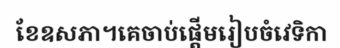
ខែឧសភា។គេចាប់ផ្តើមរៀបចំវេទិកា